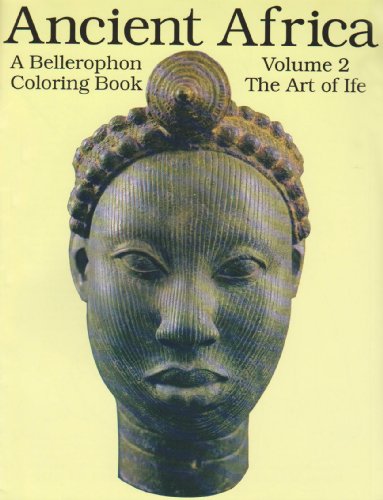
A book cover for Ancient Africa, Vol. 02-Coloring Book; Bellerophon Books; History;